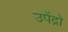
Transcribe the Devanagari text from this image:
उपेंद्रो